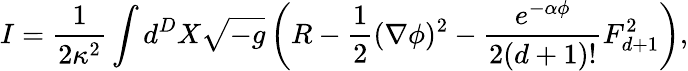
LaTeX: I=\frac{1}{2\kappa^{2}}\int d^{D}X\sqrt{-g}\left(R-\frac{1}{2}(\nabla\phi)^{2}-\frac{e^{-\alpha\phi}}{2(d+1)!}F_{d+1}^{2}\right),